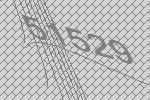
51529